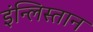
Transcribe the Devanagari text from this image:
इंन्लिस्तान